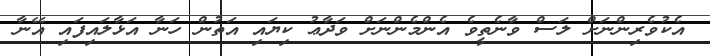
އެކުވެރިންނަށް ލަސް ވާނެތީވެ އެންމެންނަށް ވަދާޢު ކިޔައި އަތުން ހަނާ އަޅާލައިފައި އޭނާ